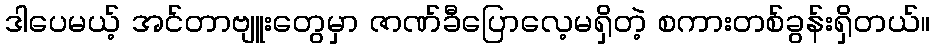
ဒါပေမယ့် အင်တာဗျူးတွေမှာ ဇာဏ်ခီပြောလေ့မရှိတဲ့ စကားတစ်ခွန်းရှိတယ်။